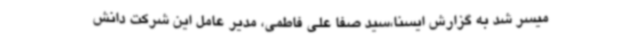
میسر شد به گزارش ایسنا،سید صفا علی فاطمی، مدیر عامل این شرکت دانش